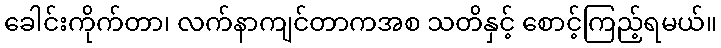
ခေါင်းကိုက်တာ၊ လက်နာကျင်တာကအစ သတိနှင့် စောင့်ကြည့်ရမယ်။